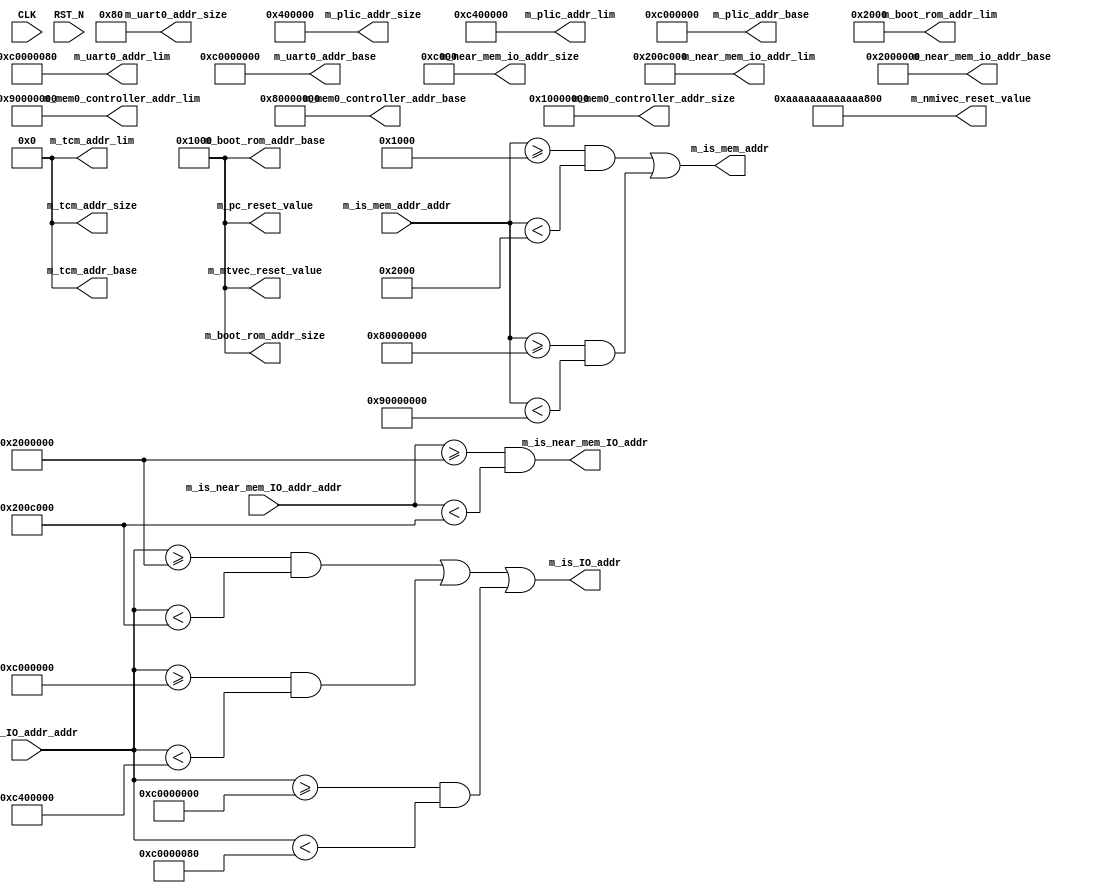
//
// Generated by Bluespec Compiler, version 2019.05.beta2 (build a88bf40db, 2019-05-24)
//
//
//
//
// Ports:
// Name                         I/O  size props
// m_near_mem_io_addr_base        O    64 const
// m_near_mem_io_addr_size        O    64 const
// m_near_mem_io_addr_lim         O    64 const
// m_plic_addr_base               O    64 const
// m_plic_addr_size               O    64 const
// m_plic_addr_lim                O    64 const
// m_uart0_addr_base              O    64 const
// m_uart0_addr_size              O    64 const
// m_uart0_addr_lim               O    64 const
// m_boot_rom_addr_base           O    64 const
// m_boot_rom_addr_size           O    64 const
// m_boot_rom_addr_lim            O    64 const
// m_mem0_controller_addr_base    O    64 const
// m_mem0_controller_addr_size    O    64 const
// m_mem0_controller_addr_lim     O    64 const
// m_tcm_addr_base                O    64 const
// m_tcm_addr_size                O    64 const
// m_tcm_addr_lim                 O    64 const
// m_is_mem_addr                  O     1
// m_is_IO_addr                   O     1
// m_is_near_mem_IO_addr          O     1
// m_pc_reset_value               O    64 const
// m_mtvec_reset_value            O    64 const
// m_nmivec_reset_value           O    64 const
// CLK                            I     1 unused
// RST_N                          I     1 unused
// m_is_mem_addr_addr             I    64
// m_is_IO_addr_addr              I    64
// m_is_near_mem_IO_addr_addr     I    64
//
// Combinational paths from inputs to outputs:
//   m_is_mem_addr_addr -> m_is_mem_addr
//   m_is_IO_addr_addr -> m_is_IO_addr
//   m_is_near_mem_IO_addr_addr -> m_is_near_mem_IO_addr
//
//

`ifdef BSV_ASSIGNMENT_DELAY
`else
  `define BSV_ASSIGNMENT_DELAY
`endif

`ifdef BSV_POSITIVE_RESET
  `define BSV_RESET_VALUE 1'b1
  `define BSV_RESET_EDGE posedge
`else
  `define BSV_RESET_VALUE 1'b0
  `define BSV_RESET_EDGE negedge
`endif

module mkSoC_Map(CLK,
		 RST_N,

		 m_near_mem_io_addr_base,

		 m_near_mem_io_addr_size,

		 m_near_mem_io_addr_lim,

		 m_plic_addr_base,

		 m_plic_addr_size,

		 m_plic_addr_lim,

		 m_uart0_addr_base,

		 m_uart0_addr_size,

		 m_uart0_addr_lim,

		 m_boot_rom_addr_base,

		 m_boot_rom_addr_size,

		 m_boot_rom_addr_lim,

		 m_mem0_controller_addr_base,

		 m_mem0_controller_addr_size,

		 m_mem0_controller_addr_lim,

		 m_tcm_addr_base,

		 m_tcm_addr_size,

		 m_tcm_addr_lim,

		 m_is_mem_addr_addr,
		 m_is_mem_addr,

		 m_is_IO_addr_addr,
		 m_is_IO_addr,

		 m_is_near_mem_IO_addr_addr,
		 m_is_near_mem_IO_addr,

		 m_pc_reset_value,

		 m_mtvec_reset_value,

		 m_nmivec_reset_value);
  input  CLK;
  input  RST_N;

  // value method m_near_mem_io_addr_base
  output [63 : 0] m_near_mem_io_addr_base;

  // value method m_near_mem_io_addr_size
  output [63 : 0] m_near_mem_io_addr_size;

  // value method m_near_mem_io_addr_lim
  output [63 : 0] m_near_mem_io_addr_lim;

  // value method m_plic_addr_base
  output [63 : 0] m_plic_addr_base;

  // value method m_plic_addr_size
  output [63 : 0] m_plic_addr_size;

  // value method m_plic_addr_lim
  output [63 : 0] m_plic_addr_lim;

  // value method m_uart0_addr_base
  output [63 : 0] m_uart0_addr_base;

  // value method m_uart0_addr_size
  output [63 : 0] m_uart0_addr_size;

  // value method m_uart0_addr_lim
  output [63 : 0] m_uart0_addr_lim;

  // value method m_boot_rom_addr_base
  output [63 : 0] m_boot_rom_addr_base;

  // value method m_boot_rom_addr_size
  output [63 : 0] m_boot_rom_addr_size;

  // value method m_boot_rom_addr_lim
  output [63 : 0] m_boot_rom_addr_lim;

  // value method m_mem0_controller_addr_base
  output [63 : 0] m_mem0_controller_addr_base;

  // value method m_mem0_controller_addr_size
  output [63 : 0] m_mem0_controller_addr_size;

  // value method m_mem0_controller_addr_lim
  output [63 : 0] m_mem0_controller_addr_lim;

  // value method m_tcm_addr_base
  output [63 : 0] m_tcm_addr_base;

  // value method m_tcm_addr_size
  output [63 : 0] m_tcm_addr_size;

  // value method m_tcm_addr_lim
  output [63 : 0] m_tcm_addr_lim;

  // value method m_is_mem_addr
  input  [63 : 0] m_is_mem_addr_addr;
  output m_is_mem_addr;

  // value method m_is_IO_addr
  input  [63 : 0] m_is_IO_addr_addr;
  output m_is_IO_addr;

  // value method m_is_near_mem_IO_addr
  input  [63 : 0] m_is_near_mem_IO_addr_addr;
  output m_is_near_mem_IO_addr;

  // value method m_pc_reset_value
  output [63 : 0] m_pc_reset_value;

  // value method m_mtvec_reset_value
  output [63 : 0] m_mtvec_reset_value;

  // value method m_nmivec_reset_value
  output [63 : 0] m_nmivec_reset_value;

  // signals for module outputs
  wire [63 : 0] m_boot_rom_addr_base,
		m_boot_rom_addr_lim,
		m_boot_rom_addr_size,
		m_mem0_controller_addr_base,
		m_mem0_controller_addr_lim,
		m_mem0_controller_addr_size,
		m_mtvec_reset_value,
		m_near_mem_io_addr_base,
		m_near_mem_io_addr_lim,
		m_near_mem_io_addr_size,
		m_nmivec_reset_value,
		m_pc_reset_value,
		m_plic_addr_base,
		m_plic_addr_lim,
		m_plic_addr_size,
		m_tcm_addr_base,
		m_tcm_addr_lim,
		m_tcm_addr_size,
		m_uart0_addr_base,
		m_uart0_addr_lim,
		m_uart0_addr_size;
  wire m_is_IO_addr, m_is_mem_addr, m_is_near_mem_IO_addr;

  // value method m_near_mem_io_addr_base
  assign m_near_mem_io_addr_base = 64'h0000000002000000 ;

  // value method m_near_mem_io_addr_size
  assign m_near_mem_io_addr_size = 64'h000000000000C000 ;

  // value method m_near_mem_io_addr_lim
  assign m_near_mem_io_addr_lim = 64'd33603584 ;

  // value method m_plic_addr_base
  assign m_plic_addr_base = 64'h000000000C000000 ;

  // value method m_plic_addr_size
  assign m_plic_addr_size = 64'h0000000000400000 ;

  // value method m_plic_addr_lim
  assign m_plic_addr_lim = 64'd205520896 ;

  // value method m_uart0_addr_base
  assign m_uart0_addr_base = 64'h00000000C0000000 ;

  // value method m_uart0_addr_size
  assign m_uart0_addr_size = 64'h0000000000000080 ;

  // value method m_uart0_addr_lim
  assign m_uart0_addr_lim = 64'h00000000C0000080 ;

  // value method m_boot_rom_addr_base
  assign m_boot_rom_addr_base = 64'h0000000000001000 ;

  // value method m_boot_rom_addr_size
  assign m_boot_rom_addr_size = 64'h0000000000001000 ;

  // value method m_boot_rom_addr_lim
  assign m_boot_rom_addr_lim = 64'd8192 ;

  // value method m_mem0_controller_addr_base
  assign m_mem0_controller_addr_base = 64'h0000000080000000 ;

  // value method m_mem0_controller_addr_size
  assign m_mem0_controller_addr_size = 64'h0000000010000000 ;

  // value method m_mem0_controller_addr_lim
  assign m_mem0_controller_addr_lim = 64'h0000000090000000 ;

  // value method m_tcm_addr_base
  assign m_tcm_addr_base = 64'h0 ;

  // value method m_tcm_addr_size
  assign m_tcm_addr_size = 64'd0 ;

  // value method m_tcm_addr_lim
  assign m_tcm_addr_lim = 64'd0 ;

  // value method m_is_mem_addr
  assign m_is_mem_addr =
	     m_is_mem_addr_addr >= 64'h0000000000001000 &&
	     m_is_mem_addr_addr < 64'd8192 ||
	     m_is_mem_addr_addr >= 64'h0000000080000000 &&
	     m_is_mem_addr_addr < 64'h0000000090000000 ;

  // value method m_is_IO_addr
  assign m_is_IO_addr =
	     m_is_IO_addr_addr >= 64'h0000000002000000 &&
	     m_is_IO_addr_addr < 64'd33603584 ||
	     m_is_IO_addr_addr >= 64'h000000000C000000 &&
	     m_is_IO_addr_addr < 64'd205520896 ||
	     m_is_IO_addr_addr >= 64'h00000000C0000000 &&
	     m_is_IO_addr_addr < 64'h00000000C0000080 ;

  // value method m_is_near_mem_IO_addr
  assign m_is_near_mem_IO_addr =
	     m_is_near_mem_IO_addr_addr >= 64'h0000000002000000 &&
	     m_is_near_mem_IO_addr_addr < 64'd33603584 ;

  // value method m_pc_reset_value
  assign m_pc_reset_value = 64'h0000000000001000 ;

  // value method m_mtvec_reset_value
  assign m_mtvec_reset_value = 64'h0000000000001000 ;

  // value method m_nmivec_reset_value
  assign m_nmivec_reset_value = 64'hAAAAAAAAAAAAAAAA ;
endmodule  // mkSoC_Map